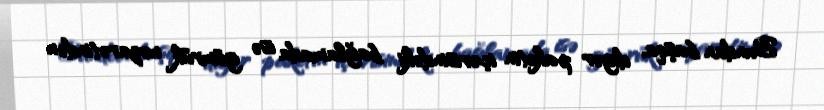
Bundan başqa, digər paketin içərisindəki bağlamada isə gömrük nəzarətindən